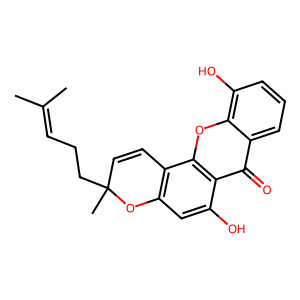
SMILES: CC(C)=CCCC1(C)C=Cc2c(cc(O)c3c(=O)c4cccc(O)c4oc23)O1
Inhibits HIV replication: No